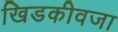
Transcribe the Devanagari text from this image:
खिडकीवजा